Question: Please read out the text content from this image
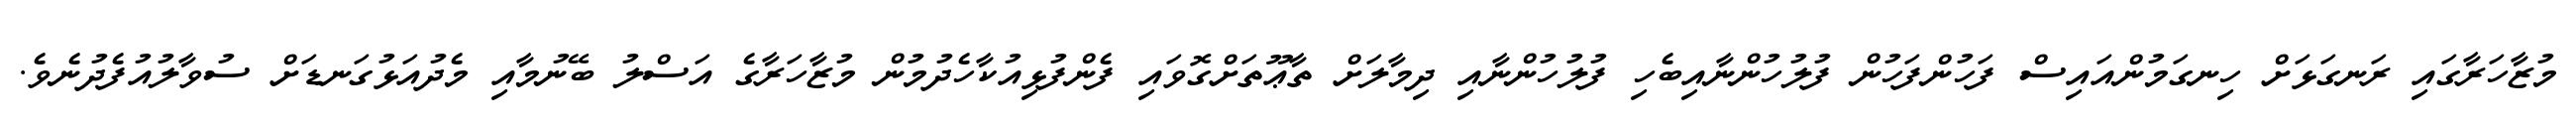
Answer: މުޒާހަރާގައި ރަނގަޅަށް ހިނގަމުންއައިސް ފަހުންފަހުން ފުލުހުންނާއިބެހި ފުލުހުންނާއި ދިމާލަށް ތާޢޫތަށްގޮވައި ފެންފުޅިއުކާހެދުމުން މުޒާހަރާގެ އަސްލު ބޭނުމާއި މެދުއަޅުގަނޑަށް ސުވާލުއުފެދުނެވެ.